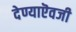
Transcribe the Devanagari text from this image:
देण्याऎवजी